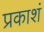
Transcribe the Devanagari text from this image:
प्रकाशं